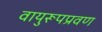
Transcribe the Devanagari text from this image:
वायुरूपप्रवण